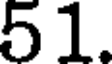
51.